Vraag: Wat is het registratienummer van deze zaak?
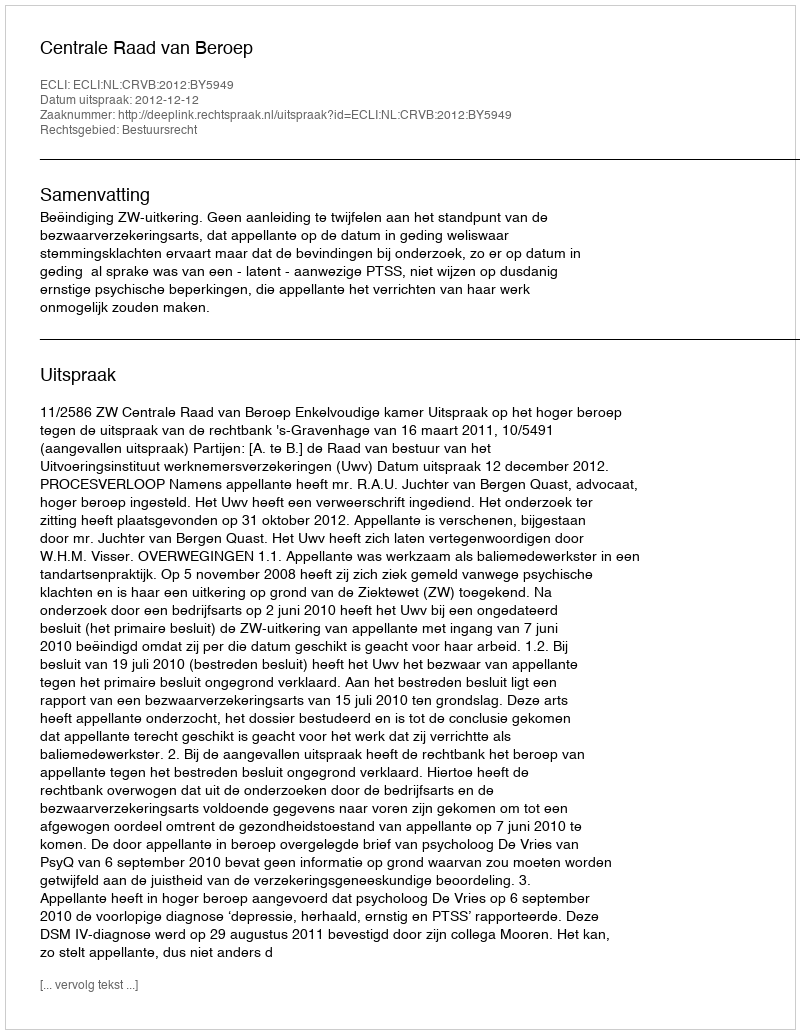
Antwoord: http://deeplink.rechtspraak.nl/uitspraak?id=ECLI:NL:CRVB:2012:BY5949